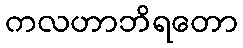
ကလဟာဘိရတော